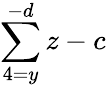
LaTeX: \sum\limits_{4=y}^{-d}z-c